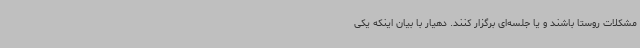
مشکلات روستا باشند و یا جلسه‌ای برگزار کنند. دهیار با بیان اینکه یکی